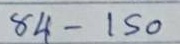
84 - 150